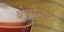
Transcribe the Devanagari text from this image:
बेनीलाइट